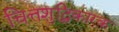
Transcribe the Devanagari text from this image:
चित्तशुद्धिकारक